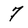
Character: 7